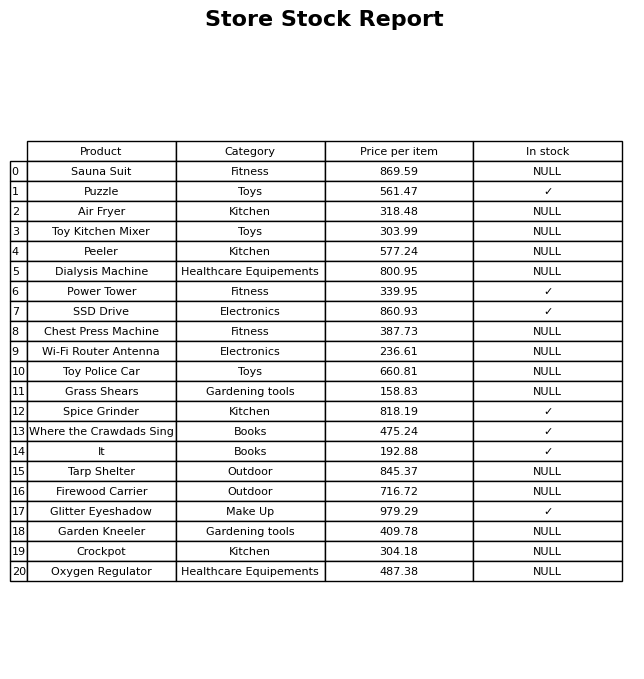
question: What is the price of the Oxygen Regulator?
answer: The price of Oxygen Regulator is 487.38.